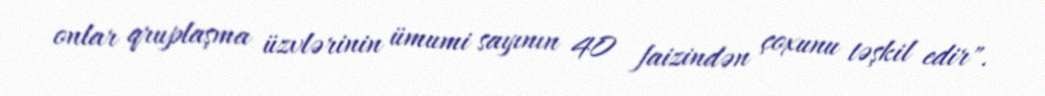
onlar qruplaşma üzvlərinin ümumi sayının 40 faizindən çoxunu təşkil edir".